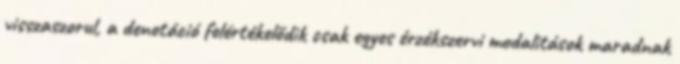
visszaszorul, a denotáció felértékelődik csak egyes érzékszervi modalitások maradnak